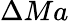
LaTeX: \Delta Ma